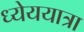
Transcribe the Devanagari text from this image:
ध्येययात्रा